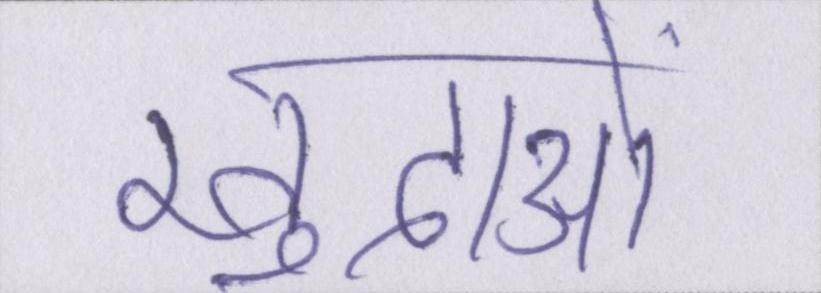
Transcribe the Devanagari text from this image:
खुदाओं